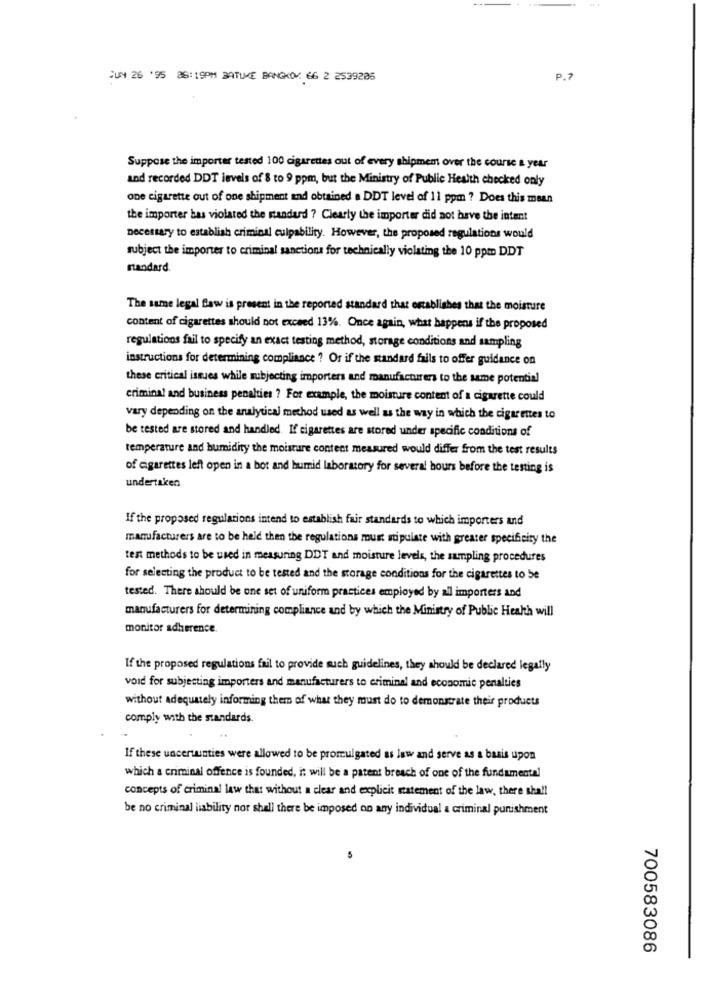
JUN 26 '95 86:19PM BATUKE BANGKOK: 66 2 2539205
P.
Suppose the importer tested 100 cigarettes out of every shipmem over the course a year
and recorded DDT levels of 8 to 9 ppm, but the Ministry of Public Health checked only
one cigarette out of one shipment and obtained a DDT level of 11 ppm ? Does this mean
the importer bas violated the standard ? Clearly the importer did not have the intent
necessary to establish criminal culpability. However, the proposed regulations would
subject the importer to criminal sanctions for technically violating the 10 ppm DDT
standard.
The same legal Saw is present in the reported standard that establishes that the moisture
content of cigarettes should not exceed 13%. Once again, what happens if the proposed
regulations fail to specify an exact testing method, storage conditions and sampling
instructions for determining compliance ? Or if the standard fails to offer guidance on
these critical issues while subjecting importers and manufacturers to the same potential
criminal and business penalties ? For example, the moisture content of a cigarette could
vary depending on the arulytical method used as well as the way in which the cigarettes to
be tested are stored and handled. If cigarettes are stored under specific conditions of
temperature and humidity the moisture content measured would differ from the test results
of cigarettes left open in a bot and humid laboratory for several hours before the testing is
undertaken
If the proposed regulations intend to establish fair standards to which importers and
manufacturers are to be held then the regulations must stipulate with greater specificity the
test methods to be used in measuring DDT and moisture levels, the sampling procedures
for selecting the product to be tested and the storage conditions for the cigarettes to be
tested. There should be one set of uniform practices employed by all importers and
manufacturers for determining compliance and by which the Ministry of Public Health will
monitor adherence
If the proposed regulations fail to provide such guidelines, they should be declared legally
void for subjecting importers and manufacturers to criminal and economic penalties
without adequately informing them of what they must do to demonstrate their products
comply with the standards.
If these uncertainties were allowed to be promulgated as law and serve as a basis upon
which a criminal offence is founded, it will be a patent breach of one of the fundamental
concepts of criminal law that without a clear and explicit statement of the law, there shall
be no criminal liability nor shall there be imposed on any individual a criminal punishment
700583086